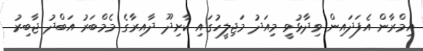
އިމްރާން އެފަދައިން ވިދާޅުވީ މިއަދު މަޖިލީހުގައި ކާށިދޫ ދާއިރާގެ މެމްބަރު އަބްދު ޖާބިރު